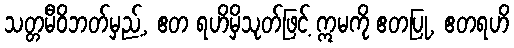
သတ္တမီဝိဘတ်မှည့်, ဧတ ရဟိမှိသုတ်ဖြင့် ဣမကို ဧတပြု, ဧတရဟိ